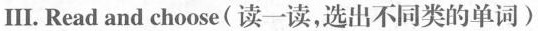
Ⅲ.Read and choose(读一读,选出不同类的单词)